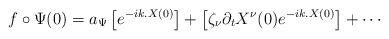
LaTeX: \begin{align*}f\circ\Psi(0)=a_\Psi \left[ e^{-ik.X(0)}\right]+\left[\zeta_\nu \partial_t X^\nu(0) e^{-ik.X(0)}\right] + \cdots\end{align*}